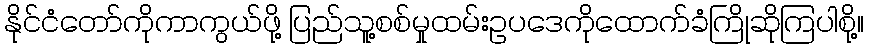
နိုင်ငံတော်ကိုကာကွယ်ဖို့ ပြည်သူ့စစ်မှုထမ်းဥပဒေကိုထောက်ခံကြိုဆိုကြပါစို့။